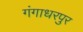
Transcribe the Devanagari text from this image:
गंगाधरपुर